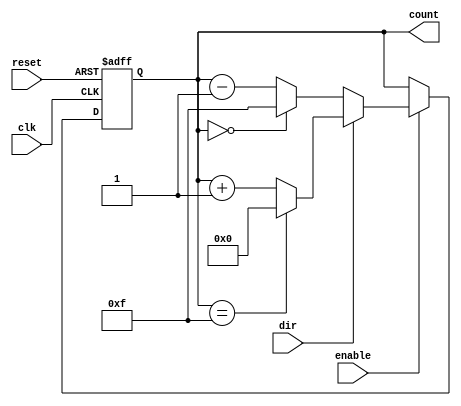
module synchronous_counter #(
    parameter WIDTH = 4,    // Width of the counter (number of bits)
    parameter MAX_COUNT = 15 // Maximum count value (2^WIDTH - 1)
)(
    input wire clk,         // Clock input
    input wire reset,       // Asynchronous reset
    input wire enable,      // Count enable
    input wire dir,         // Count direction (1 for up, 0 for down)
    output reg [WIDTH-1:0] count // Current count value
);

    // Initial count value
    initial begin
        count = 0;
    end

    // Asynchronous reset and synchronous counting
    always @(posedge clk or posedge reset) begin
        if (reset) begin
            count <= 0; // Reset the count to 0
        end else if (enable) begin
            if (dir) begin
                // Count up
                if (count == MAX_COUNT) begin
                    count <= 0; // Wrap around to 0
                end else begin
                    count <= count + 1; // Increment count
                end
            end else begin
                // Count down
                if (count == 0) begin
                    count <= MAX_COUNT; // Wrap around to MAX_COUNT
                end else begin
                    count <= count - 1; // Decrement count
                end
            end
        end
    end

endmodule